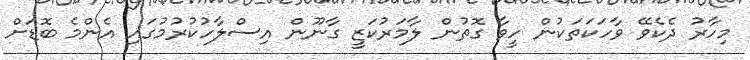
މިހާރު ދެކެވޭ ވާހަކަތަކުން ހީވާ ގޮތުން ލާމަރުކަޒީ ގާނޫން އިސްލާހުކުރުމުގައި އެންމެ ބޮޑަށް